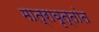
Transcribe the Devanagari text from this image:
मात्रावृत्तांत